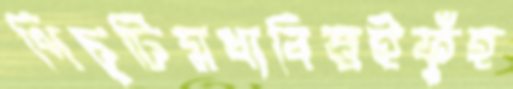
পিচুটিমধ্যবিত্তইফুঁহ